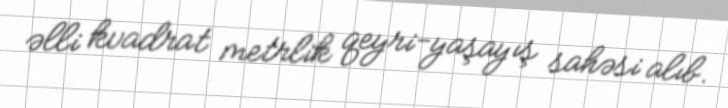
əlli kvadrat metrlik qeyri-yaşayış sahəsi alıb.